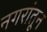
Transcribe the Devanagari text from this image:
नगरांतून